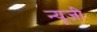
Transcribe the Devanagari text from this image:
न्यूजी